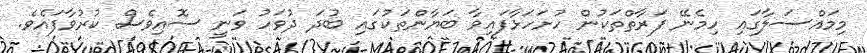
މިމައްސަލާގައި ހިމެނޭ ފަރާތްތަކުން ހުށަހަޅާފައިވާ ބަޔާންތަކުގައި ބުދަ ދުވަހު ވަނީ ސޮއިވެސް ކުރުވާފައެވެ.